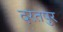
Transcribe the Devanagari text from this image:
दरतपुर